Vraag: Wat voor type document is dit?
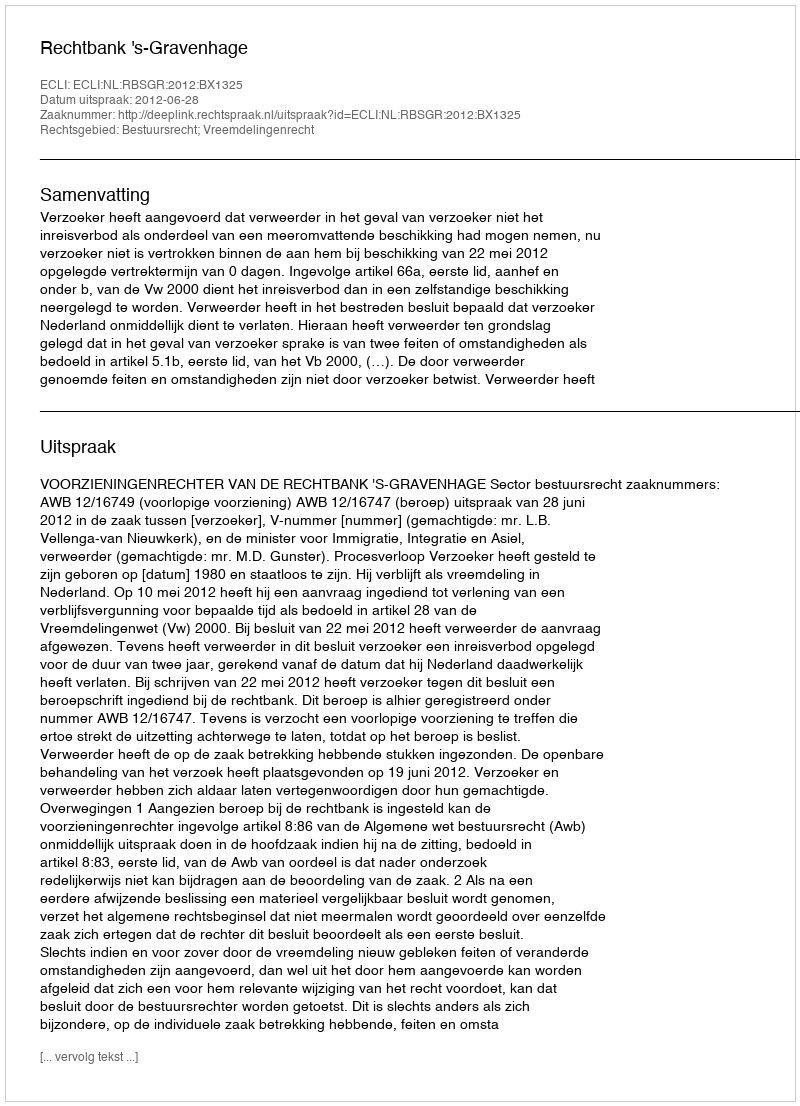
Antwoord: Uitspraak